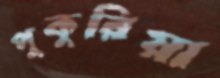
পুকুরিয়া